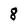
Character: 8